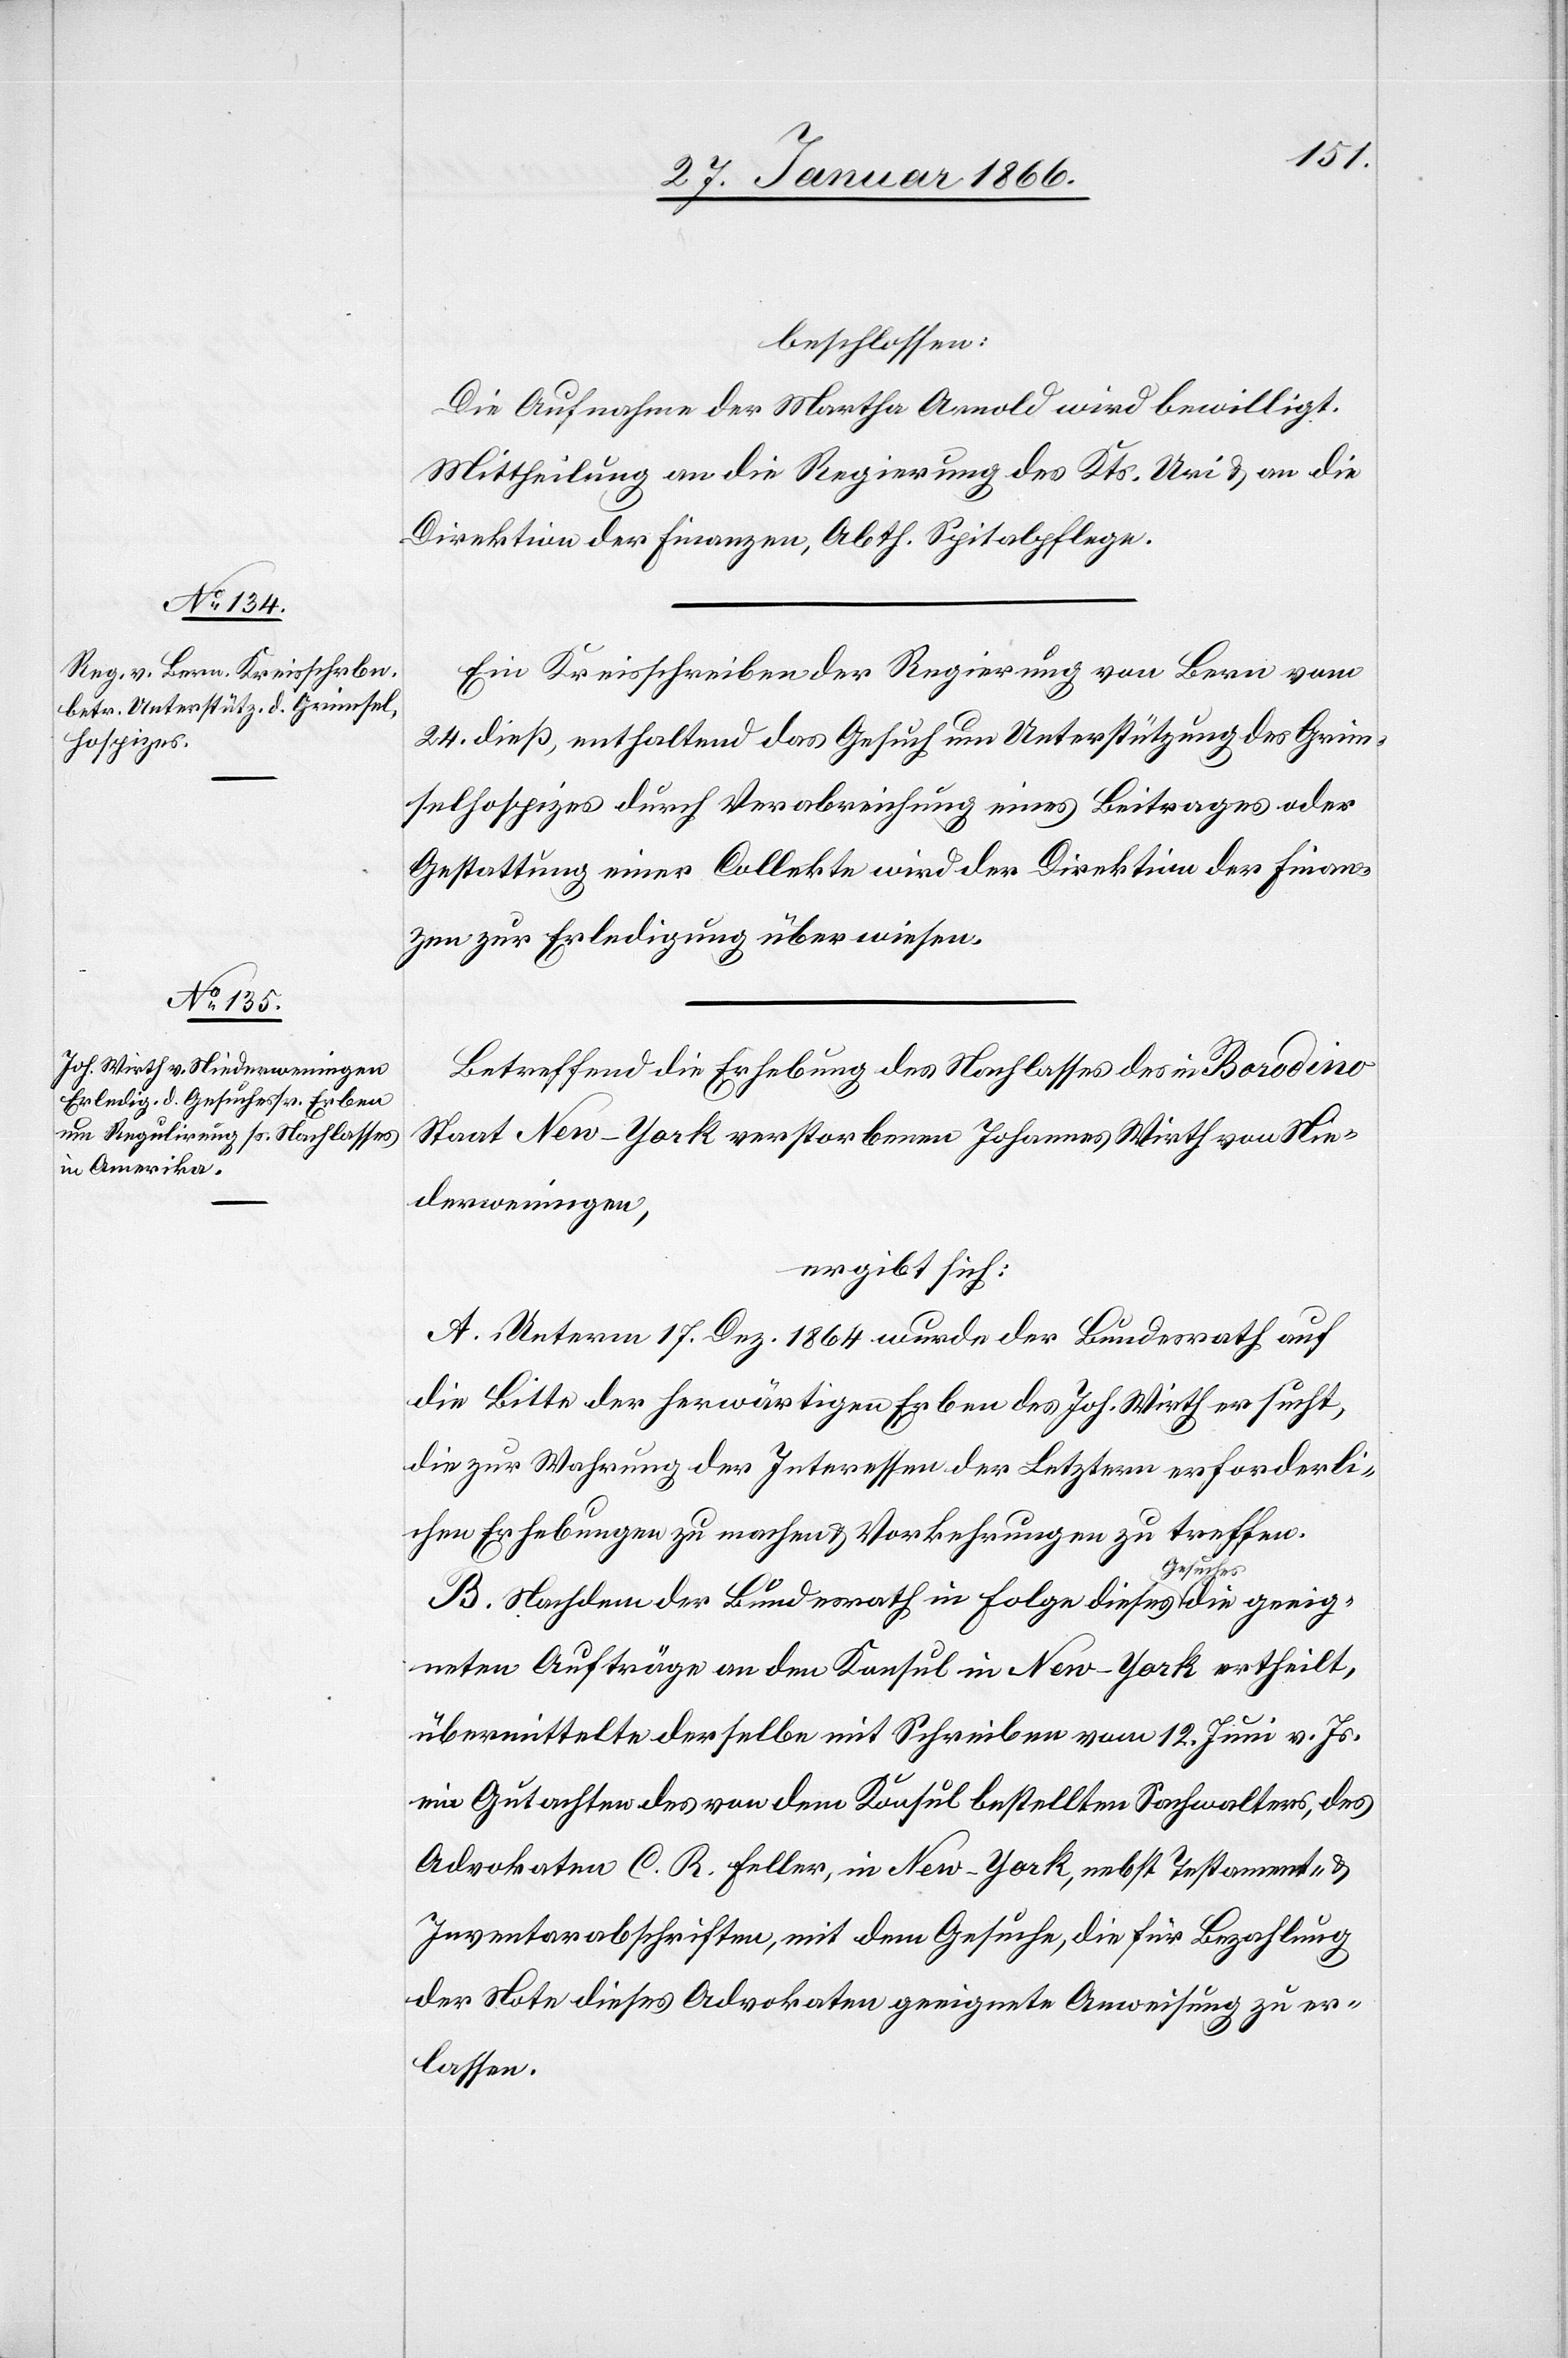
beschlossen:
Die Aufnahme der Martha Arnold wird bewilligt.
Mittheilung an die Regierung des Kts. Uri u. an die
Direktion der Finanzen, Abth. Spitalpflege.
Ein Kreisschreiben der Regierung von Bern vom
24. dieß, enthaltend das Gesuch um Unterstützung des Grim¬
selhospizes durch Verabreichung eines Beitrages oder
Gestattung einer Collekte wird der Direktion der Finan¬
zen zur Erledigung überwiesen.
Betreffend die Erhebung des Nachlasses des in Borodino
Staat New-York verstorbenen Johannes Wirth von Nie¬
derweningen,
ergibt sich:
A. Unterm 17. Dez. 1864 wurde der Bundesrath auf
die Bitte der herwärtigen Erben des Joh. Wirth ersucht,
die zur Wahrung der Interessen der Letztern erforderli¬
chen Erhebungen zu machen u. Vorkehrungen zu treffen.
geeig¬
B. Nachdem der Bundesrath in Folge dieses Gesuc¬
neten Aufträge an den Konsul in New-York ertheilt,
übermittelte derselbe mit Schreiben vom 12. Juni v. Js.
ein Gutachten des von dem Konsul bestellten Sachwalters, des
Advokaten C. R. Feller, in New-York, nebst Testament- u.
Inventarabschriften, mit dem Gesuche, die für Bezahlung
der Note dieses Advokaten geeignete Anweisung zu er¬
lassen.